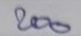
200